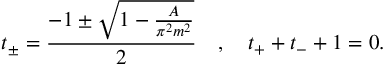
t _ { \pm } = \frac { - 1 \pm \sqrt { 1 - \frac { A } { \pi ^ { 2 } m ^ { 2 } } } } { 2 } \quad , \quad t _ { + } + t _ { - } + 1 = 0 .